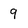
Character: 9